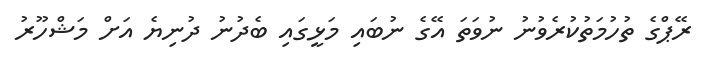
ރޭޕްގެ ތުހުމަތުކުރެވުނު ނުވަތަ އޭގެ ނުބައި މަޅީގައި ބެދުނު ދުނިޔެ އަށް މަޝްހޫރު